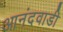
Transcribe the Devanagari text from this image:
आनंदवाडी